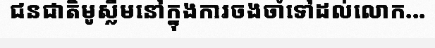
ជនជាតិមូស្លីមនៅក្នុងការចងចាំទៅដល់លោក...